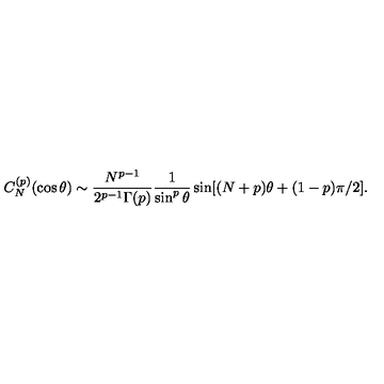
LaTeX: C _ { N } ^ { ( p ) } ( \cos \theta ) \sim { \frac { N ^ { p - 1 } } { 2 ^ { p - 1 } \Gamma ( p ) } } { \frac { 1 } { \sin ^ { p } \theta } } \sin [ ( N + p ) \theta + ( 1 - p ) \pi / 2 ] .